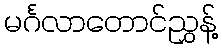
မင်္ဂလာတောင်ညွှန့်